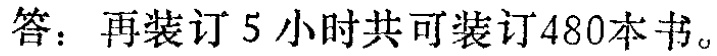
答：再装订 5 小时共可装订480本书。